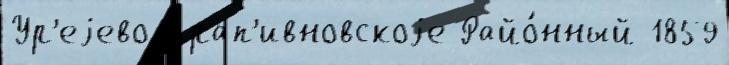
Ур'еjево Крап'ивновскоjе Райо́нный 1859